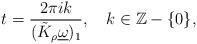
LaTeX: \begin{align*}t = \frac{2\pi i k} {(\tilde K_\rho \underline \omega )_1}, \ \ \ k \in \mathbb{Z} - \{ 0 \} , \end{align*}